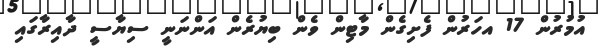
އުމުރުން 17 އހަރުން ފެށިގެން މާޓިން ވެން ބިޔުރެން އަންނަނީ ސިޔާސީ ދާއިރާގައި